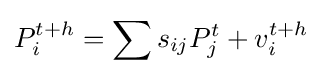
P_{i}^{t+h}=\sum s_{ij}P_{j}^{t}+v_{i}^{t+h}